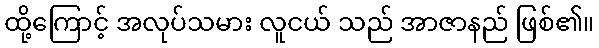
ထို့ကြောင့် အလုပ်သမား လူငယ် သည် အာဇာနည် ဖြစ်၏။